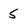
Character: 5